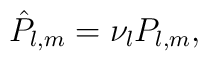
{\hat P}_{l,m} = \nu_l P_{l,m},